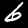
Digit: 6